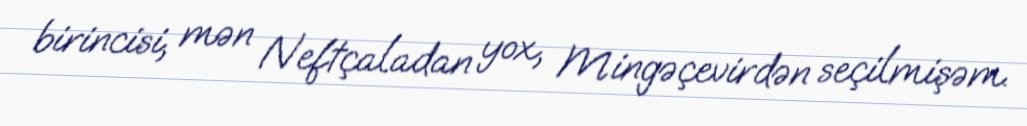
birincisi, mən Neftçaladan yox, Mingəçevirdən seçilmişəm.